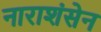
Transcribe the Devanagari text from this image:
नाराशंसेन